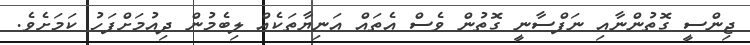
ޖިންސީ ގޮތުންނާއި ނަފްސާނީ ގޮތުން ވެސް އެތައް އަނިޔާތަކެއް ލިބެމުން ދިއުމަށްފަހު ކަމަށެވެ.